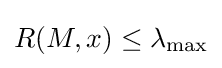
R(M,x)\leq \lambda _{\max }